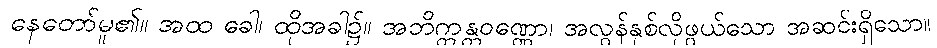
နေတော်မူ၏။ အထ ခေါ၊ ထိုအခါ၌။ အဘိက္ကန္တဝဏ္ဏော၊ အလွန်နှစ်လိုဖွယ်သော အဆင်းရှိသော။